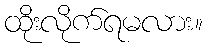
ထိုးလိုက်ရမလား။